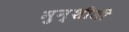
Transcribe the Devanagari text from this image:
मुन्शीजी